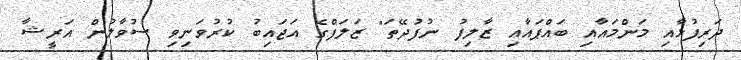
ދަރިފުޅާއި މަންމައާއި ބައްޕައާއި ޒާލިފު ނުފުދޭތަ" ޒަލަފްގެ އަޖައިބު ކުރުވަނިވި ސުވާލުން އަރީޝާ